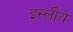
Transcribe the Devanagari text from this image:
इस्लीये